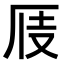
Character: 𠩍